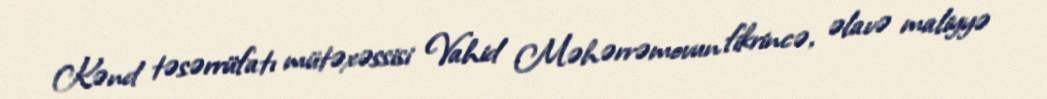
Kənd təsərrüfatı mütəxəssisi Vahid Məhərrəmovun fikrincə, əlavə maliyyə